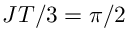
J T / 3 = \pi / 2